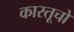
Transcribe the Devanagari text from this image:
कारतूचो